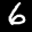
Label: 6